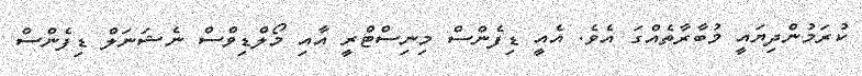
ކުރަމުންދިޔައީ މުބާރާތެއްގަ އެވެ. އެއީ ޑިފެންސް މިނިސްޓްރީ އާއި މޯލްޑިވްސް ނެޝަނަލް ޑިފެންސް